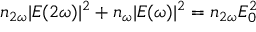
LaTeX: n _ { 2 \omega } | E ( 2 \omega ) | ^ { 2 } + n _ { \omega } | E ( \omega ) | ^ { 2 } = n _ { 2 \omega } E _ { 0 } ^ { 2 }